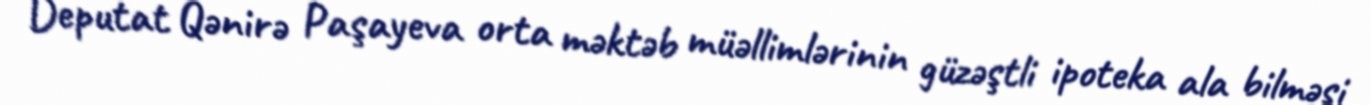
Deputat Qənirə Paşayeva orta məktəb müəllimlərinin güzəştli ipoteka ala bilməsi